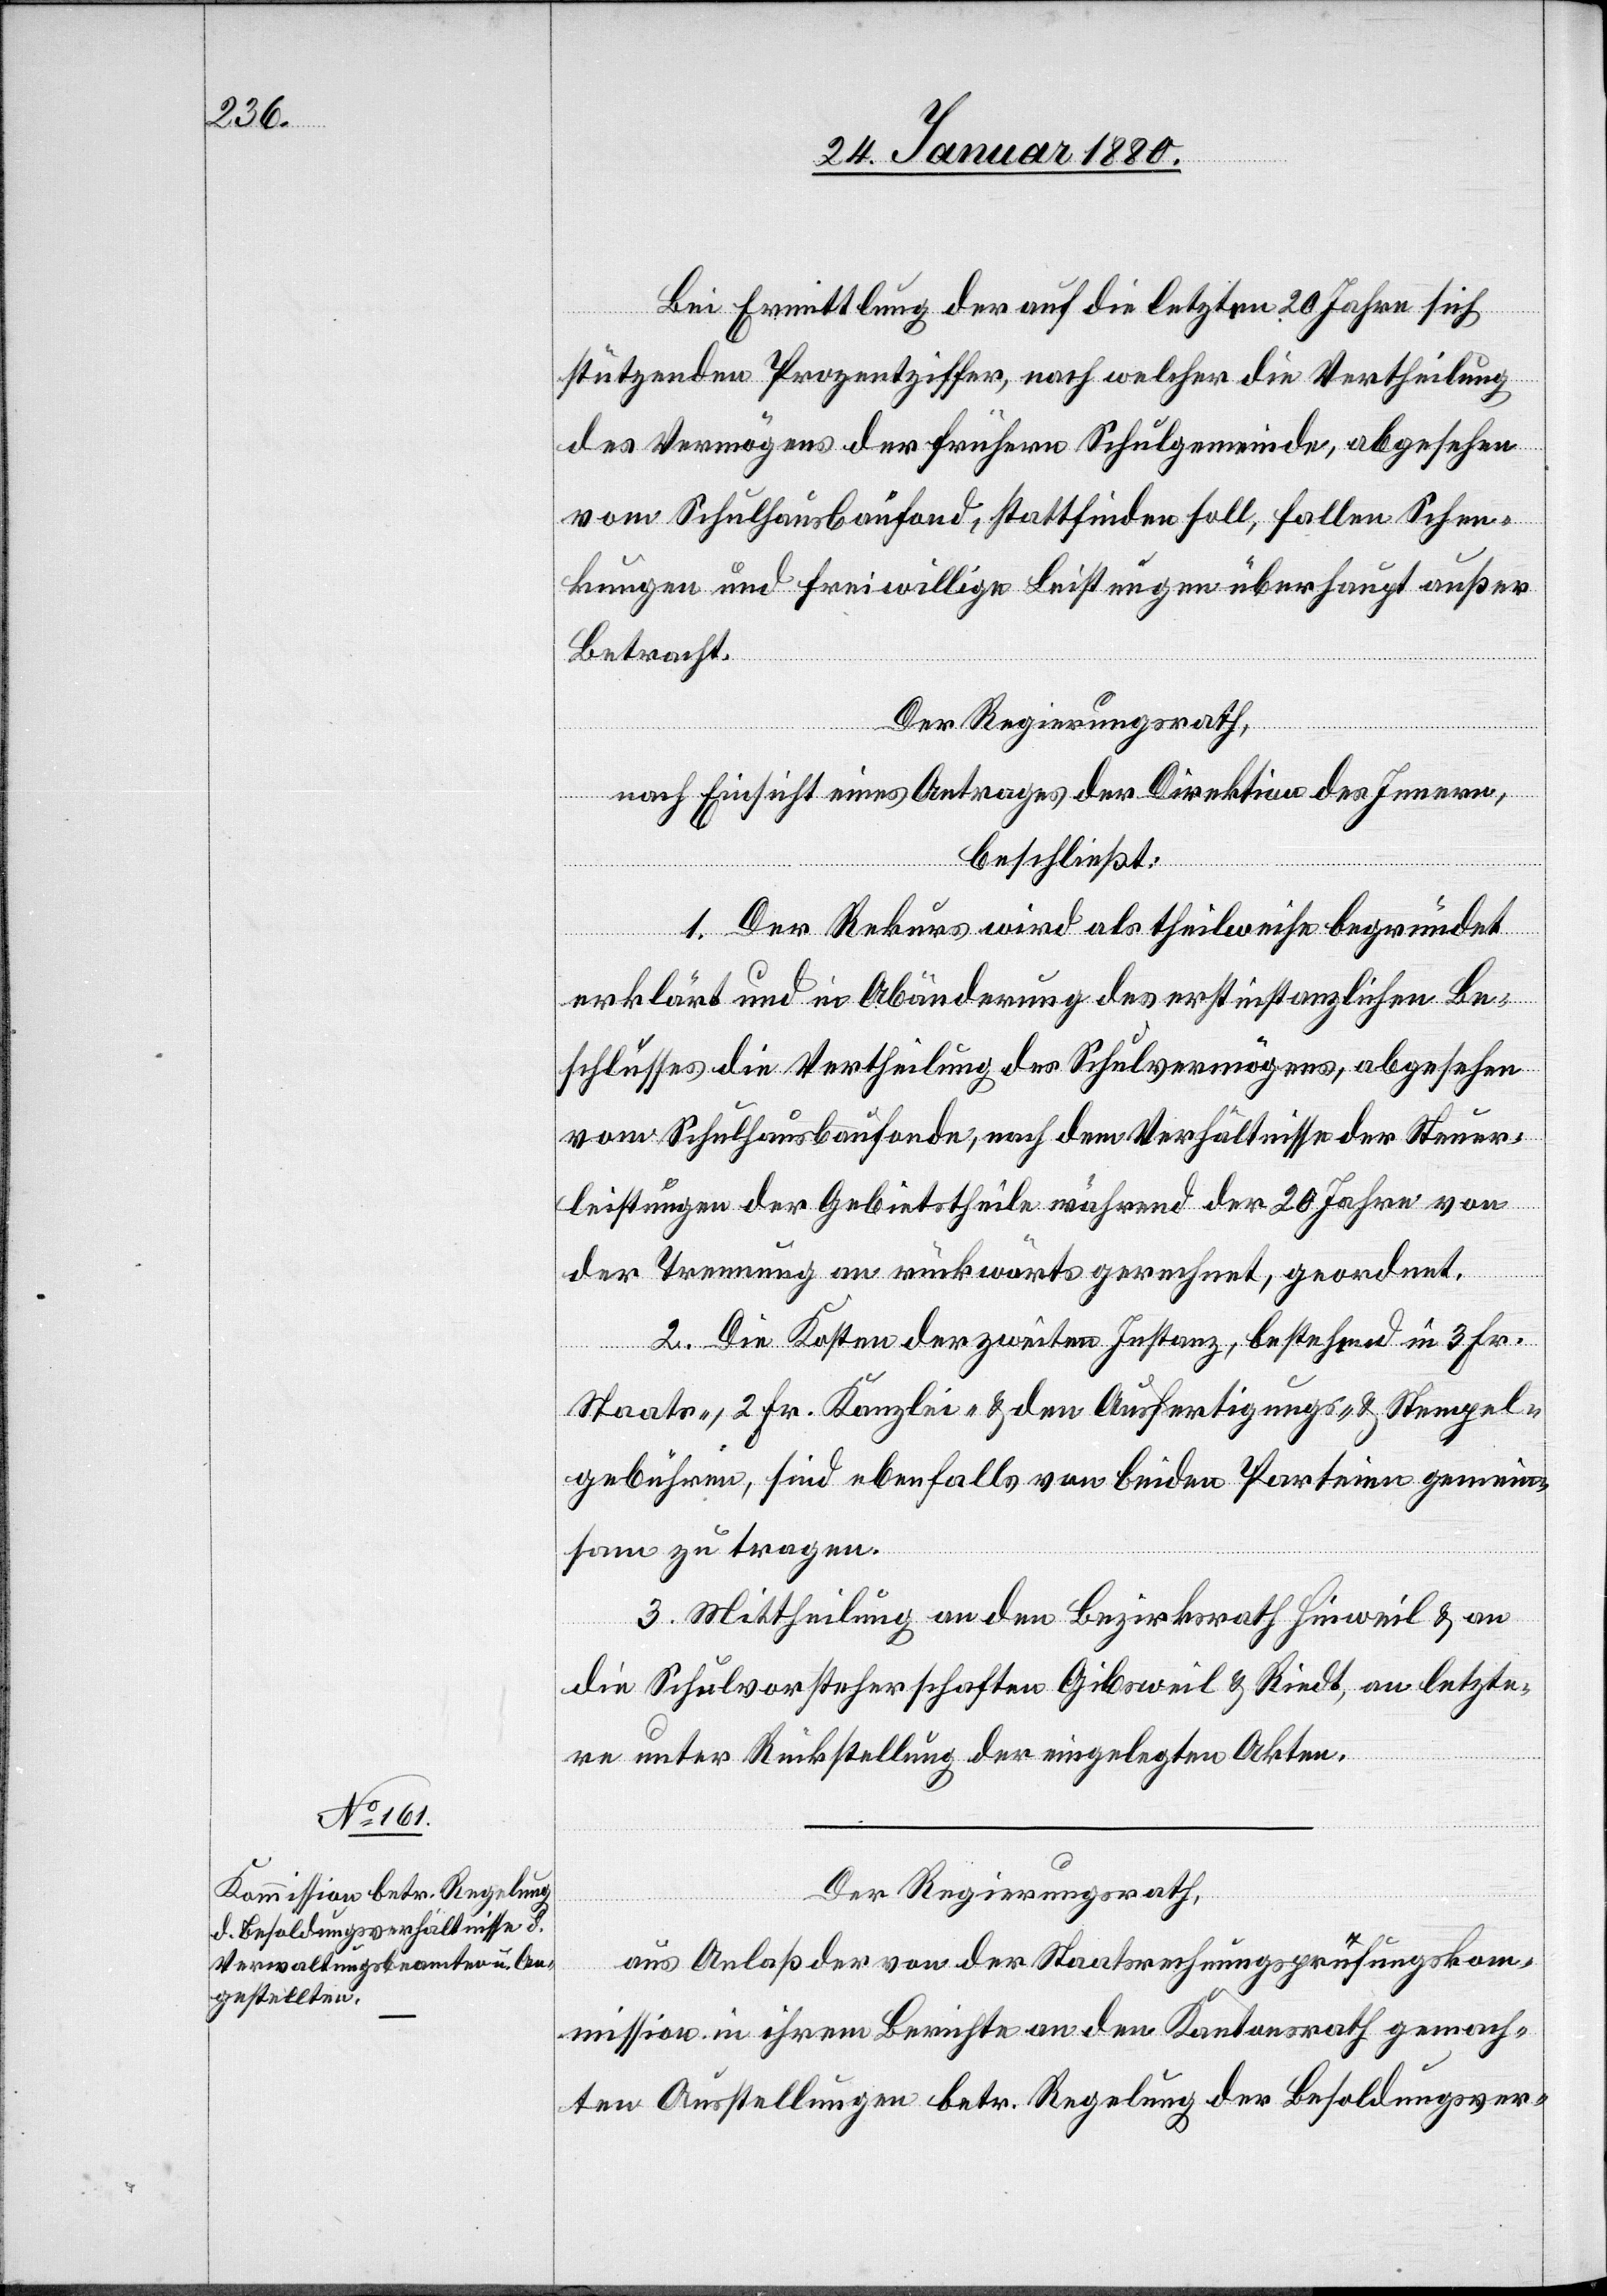
Bei Ermittlung der auf die letzten 20 Jahre sich
stützenden Prozentziffer, nach welcher die Vertheilung
des Vermögens der frühern Schulgemeinde, abgesehen
vom Schulhausbaufond, stattfinden soll, fallen Schen¬
kungen und freiwillige Leistungen überhaupt außer
Betracht.
Der Regierungsrath,
nach Einsicht eines Antrages der Direktion des Innern,
beschließt:
1. Der Rekurs wird als theilweise begründet
erklärt und in Abänderung des erstinstanzlichen Be¬
schlusses die Vertheilung des Schulvermögens, abgesehen
vom Schulhausbaufonde, nach dem Verhältnisse der Steuer¬
leistungen der Gebietstheile während der 20 Jahre von
der Trennung an rückwärts gerechnet, geordnet.
2. Die Kosten der zweiten Instanz, bestehend in 3 Fr.
Staats-, 2 Fr. Kanzlei- & den Ausfertigungs- & Stempel¬
gebühren, sind ebenfalls von beiden Parteien gemein¬
sam zu tragen.
3. Mittheilung an den Bezirksrath Hinweil & an
die Schulvorsteherschaften Gibsweil & Riedt, an letzte¬
re unter Rückstellung der eingelegten Akten.
Der Regierungsrath,
aus Anlaß der von der Staatsrechnungsprüfungskom¬
mission in ihrem Berichte an den Kantonsrath gemach¬
ten Anstellungen betr. Regelung der Besoldungsver-